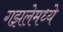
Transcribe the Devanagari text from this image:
गझलेमध्ये